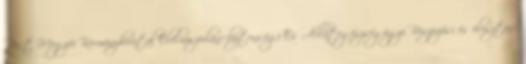
Pest Megyei Kormányhivatal Élelmiszerlánc-biztonsági És Állategészségügyi Beszerzési és elosztási